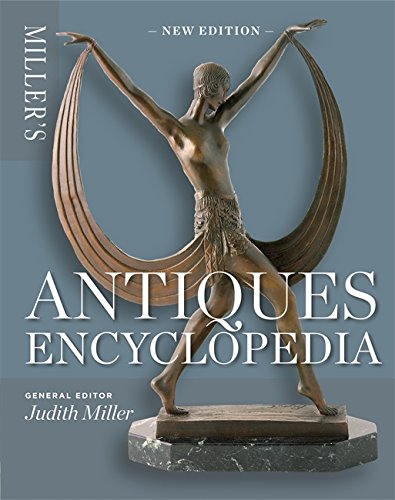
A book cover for Miller's Antiques Encyclopedia; Judith Miller; Crafts, Hobbies & Home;